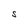
Character: S